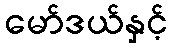
မော်ဒယ်နှင့်